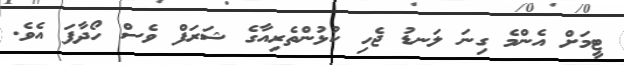
ޓީމަށް އެންމެ ގިނަ ލަނޑު ޖެހި ކުޅުންތެރިއާގެ ޝަރަފް ވެސް ހޯދާފަ އެވެ.